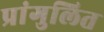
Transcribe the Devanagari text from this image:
प्रांगुलित